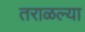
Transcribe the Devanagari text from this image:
तराळल्या